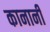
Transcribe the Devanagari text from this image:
कानानी